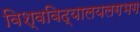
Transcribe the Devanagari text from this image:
विश्वविद्यालयलगभग